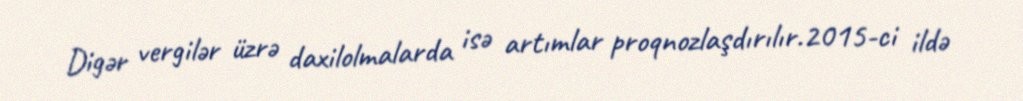
Digər vergilər üzrə daxilolmalarda isə artımlar proqnozlaşdırılır.2015-ci ildə